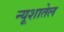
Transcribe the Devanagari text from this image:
न्यूशातेल